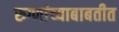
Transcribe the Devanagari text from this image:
रुग्णांच्याबाबतीत